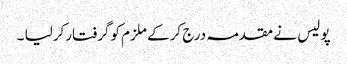
پو لیس نے مقدمہ درج کرکے ملزم کوگرفتارکرلیا ۔